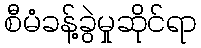
စီမံခန့်ခွဲမှုဆိုင်ရာ